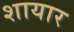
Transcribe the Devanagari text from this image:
शायार